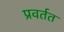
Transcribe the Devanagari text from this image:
प्रवर्तत